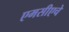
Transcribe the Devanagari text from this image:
एमसीएचे